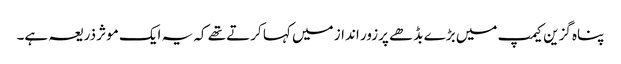
پناہ گزین کیمپ میں بڑے بڈھے پرزور انداز میں کہا کرتے تھے کہ یہ ایک موثر ذریعہ ہے۔